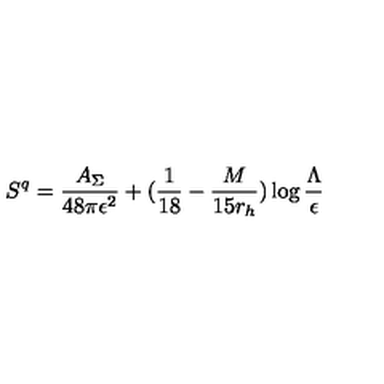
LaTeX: S ^ { q } = { \frac { A _ { \Sigma } } { 4 8 \pi \epsilon ^ { 2 } } } + ( { \frac { 1 } { 1 8 } } - { \frac { M } { 1 5 r _ { h } } } ) \log { \frac { \Lambda } { \epsilon } }